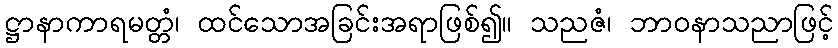
ဋ္ဌာနာကာရမတ္တံ၊ ထင်သောအခြင်းအရာဖြစ်၍။ သညဇံ၊ ဘာဝနာသညာဖြင့်